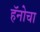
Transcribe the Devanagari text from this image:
हॅनोचा